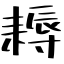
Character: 耨